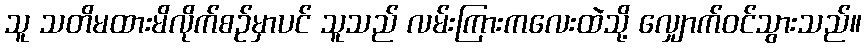
သူ သတိမထားမိလိုက်စဉ်မှာပင် သူသည် လမ်းကြားကလေးထဲသို့ လျှောက်ဝင်သွားသည်။